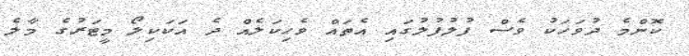
ކޮންމެ ދުވަހަކު ވެސް ފުލުފުލުގައި އެތައް ވެހިކަލެއް ދެ އަކަކިލޯ މީޓަރުގެ މާލެ